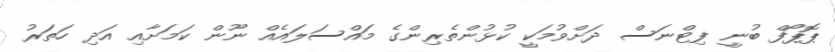
ޕޮޕޯފް ބުނީ ފިޓްނަސް ދަށްވުމަކީ ކުޅުންތެރިންގެ މައްސަލައެއް ނޫން ކަމަށާއި އަދި ހަތަރު